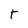
Character: t